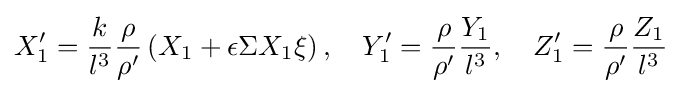
X_{1}^{\prime }={\frac {k}{l^{3}}}{\frac {\rho }{\rho ^{\prime }}}\left(X_{1}+\epsilon \Sigma X_{1}\xi \right),\quad Y_{1}^{\prime }={\frac {\rho }{\rho ^{\prime }}}{\frac {Y_{1}}{l^{3}}},\quad Z_{1}^{\prime }={\frac {\rho }{\rho ^{\prime }}}{\frac {Z_{1}}{l^{3}}}